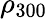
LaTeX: \rho_{300}